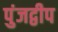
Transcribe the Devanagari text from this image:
पुंजद्वीप